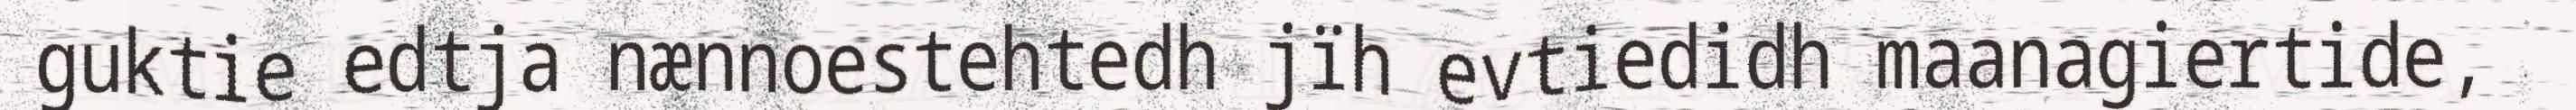
guktie edtja nænnoestehtedh jïh evtiedidh maanagiertide,